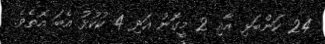
24 ކަންބަޅި އާއި 2 މީގޮނު އަދި 4 ކުކުޅު އެބަ އޮތެވެ.